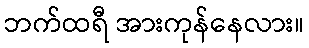
ဘက်ထရီ အားကုန်နေလား။